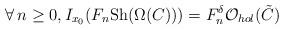
LaTeX: \begin{align*}\forall\, n\geq 0,I_{x_0}(F_n\mathrm{Sh}(\Omega(C)))=F^\delta_n\mathcal O_{hol}(\tilde C) \end{align*}